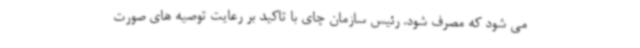
می شود که مصرف شود. رئیس سازمان چای با تاکید بر رعایت توصیه های صورت